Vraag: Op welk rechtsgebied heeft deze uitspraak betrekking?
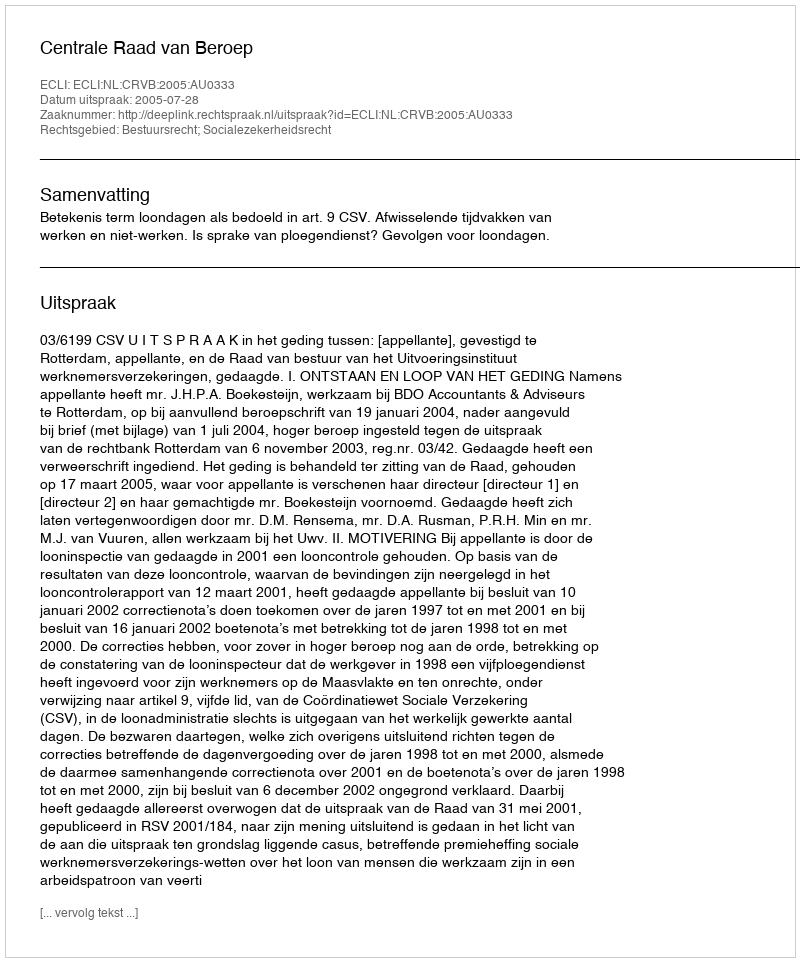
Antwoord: Bestuursrecht; Socialezekerheidsrecht